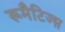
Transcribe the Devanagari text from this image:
रूमैटिज्म़